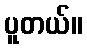
ပူတယ်။